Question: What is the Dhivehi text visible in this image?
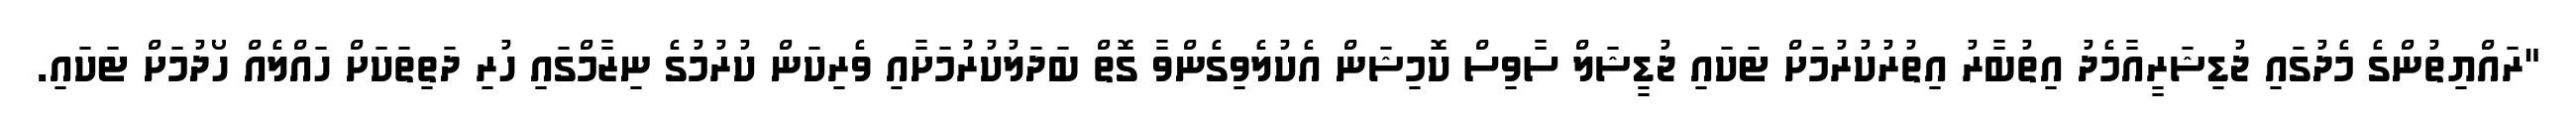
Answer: "ރައްޔިތުންގެ މެދުގައި ޖުޑިޝަރީއާމެދު އިތުބާރު އިތުރުކުރުމަށް ޓަކައި ޖުޑީޝަލް ސާވިސް ކޮމިޝަން އެކުލެވިގެންވާ ގޮތް ބަދަލުކުރުމަށާއި ވެރިކަން ކުރުމުގެ ނިޒާމްގައި ހުރި ދަތިތަކަށް ހައްލެއް ހޯދުމަށް ޓަކައި.